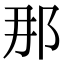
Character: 那